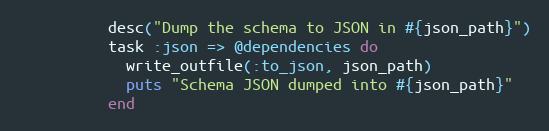
Language: Ruby
          desc("Dump the schema to JSON in #{json_path}")
          task :json => @dependencies do
            write_outfile(:to_json, json_path)
            puts "Schema JSON dumped into #{json_path}"
          end